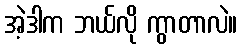
အဲ့ဒါက ဘယ်လို ကွာတာလဲ။